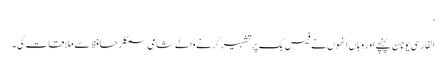
‘
الفارسی یونان پہنچے اور وہاں انھوں نے فیس بک پر تشہیر کرنے والے شامی سمگلر حافظ سے ملاقات کی۔